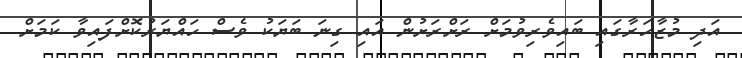
އަދި މުޒާހަރާގައި ބައިވެރިވުމަށް ރަށްރަށުން އައި ގިނަ ބަޔަކު ވެސް ހައްޔަރުކޮށްފައިވާ ކަމަށް